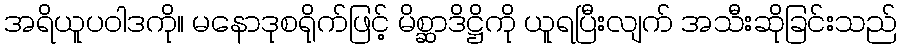
အရိယူပဝါဒကို။ မနောဒုစရိုက်ဖြင့် မိစ္ဆာဒိဋ္ဌိကို ယူရပြီးလျက် အသီးဆိုခြင်းသည်